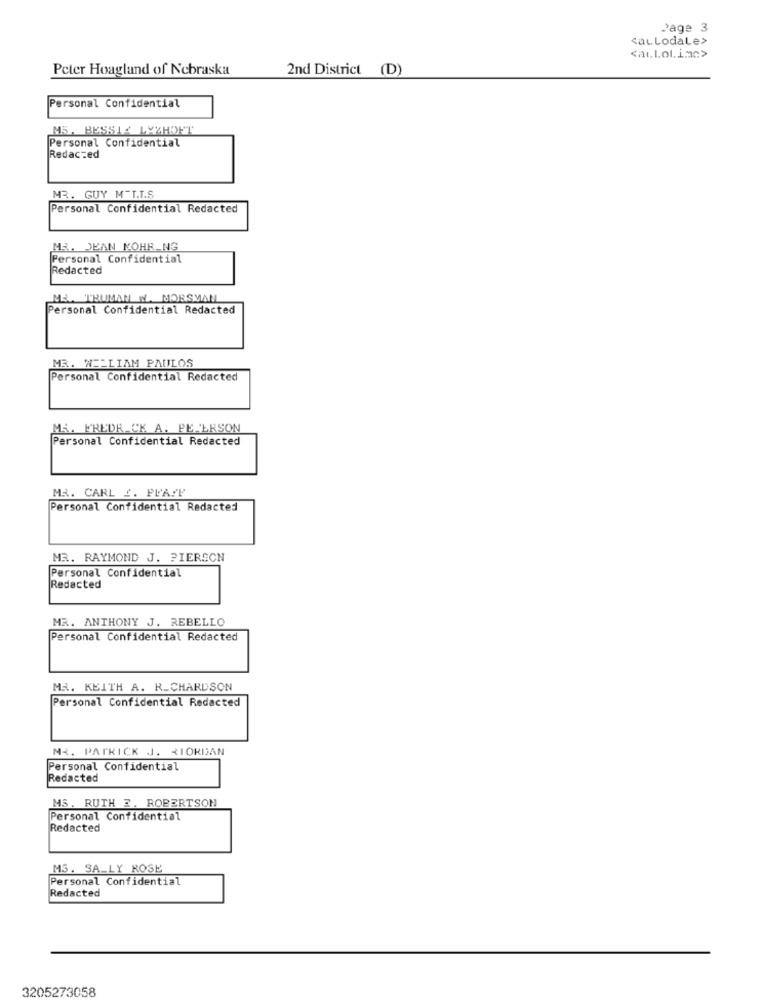
Page 3
SAL LodaLe>
<auLol.imc>
Peter Hoagland of Nebraska
2nd District (D)
Personal Confidential
MS, BESSIE LYXHOFT
Personal Confidential
Redacted
MR. GUY M-L.T.S.
Personal Confidential Redacted
NA. DEAN KOHR NG
Personal Confidential
Redacted
ME. TRUMAN W. MORSMAM
Personal Confidential Redacted
MR. WILLIAM PAULOS
Personal Confidential Redacted
Mi. FREDR_CK A. PETERSON
Personal Confidential Redacted
MR. CARL 2. PLA !!
Personal Confidential Redacted
MR. RAYMOND J. PIERSON
Personal Confidential
Redacted
MR. ANTHONY J. REBELLO
Personal Confidential Redacted
MR. KEITH A. R_CHARDSON
Personal Confidential Redacted
MI. PATRICK J. RIORDAN
Personal Confidential
Redacted
MS. RUTH 2. ROBERTSON
Personal Confidential
Redacted
MS. SA_LY ROSE
Personal Confidential
Redacted
3205273058